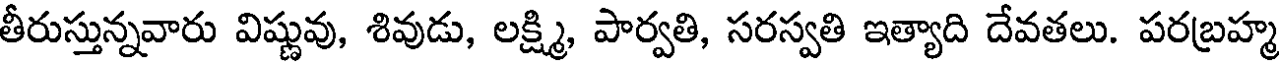
తీరుస్తున్నవారు విష్ణువు, శివుడు, లక్ష్మి, పార్వతి, సరస్వతి ఇత్యాది దేవతలు. పరబ్రహ్మ